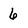
Character: 6